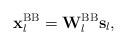
LaTeX: \begin{align*}\mathbf{x}^{\mathrm{BB}}_l = \mathbf{W}^{\mathrm{BB}}_l \mathbf{s}_l,\end{align*}